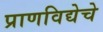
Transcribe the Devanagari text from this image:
प्राणविद्येचे